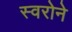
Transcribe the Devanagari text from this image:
स्वरोने